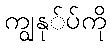
ကျွနု်ပ်ကို